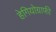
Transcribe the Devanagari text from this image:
हेगियोग्राफी